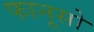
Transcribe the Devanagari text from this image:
फानूसो